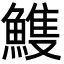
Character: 𩹹